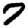
Digit: 7